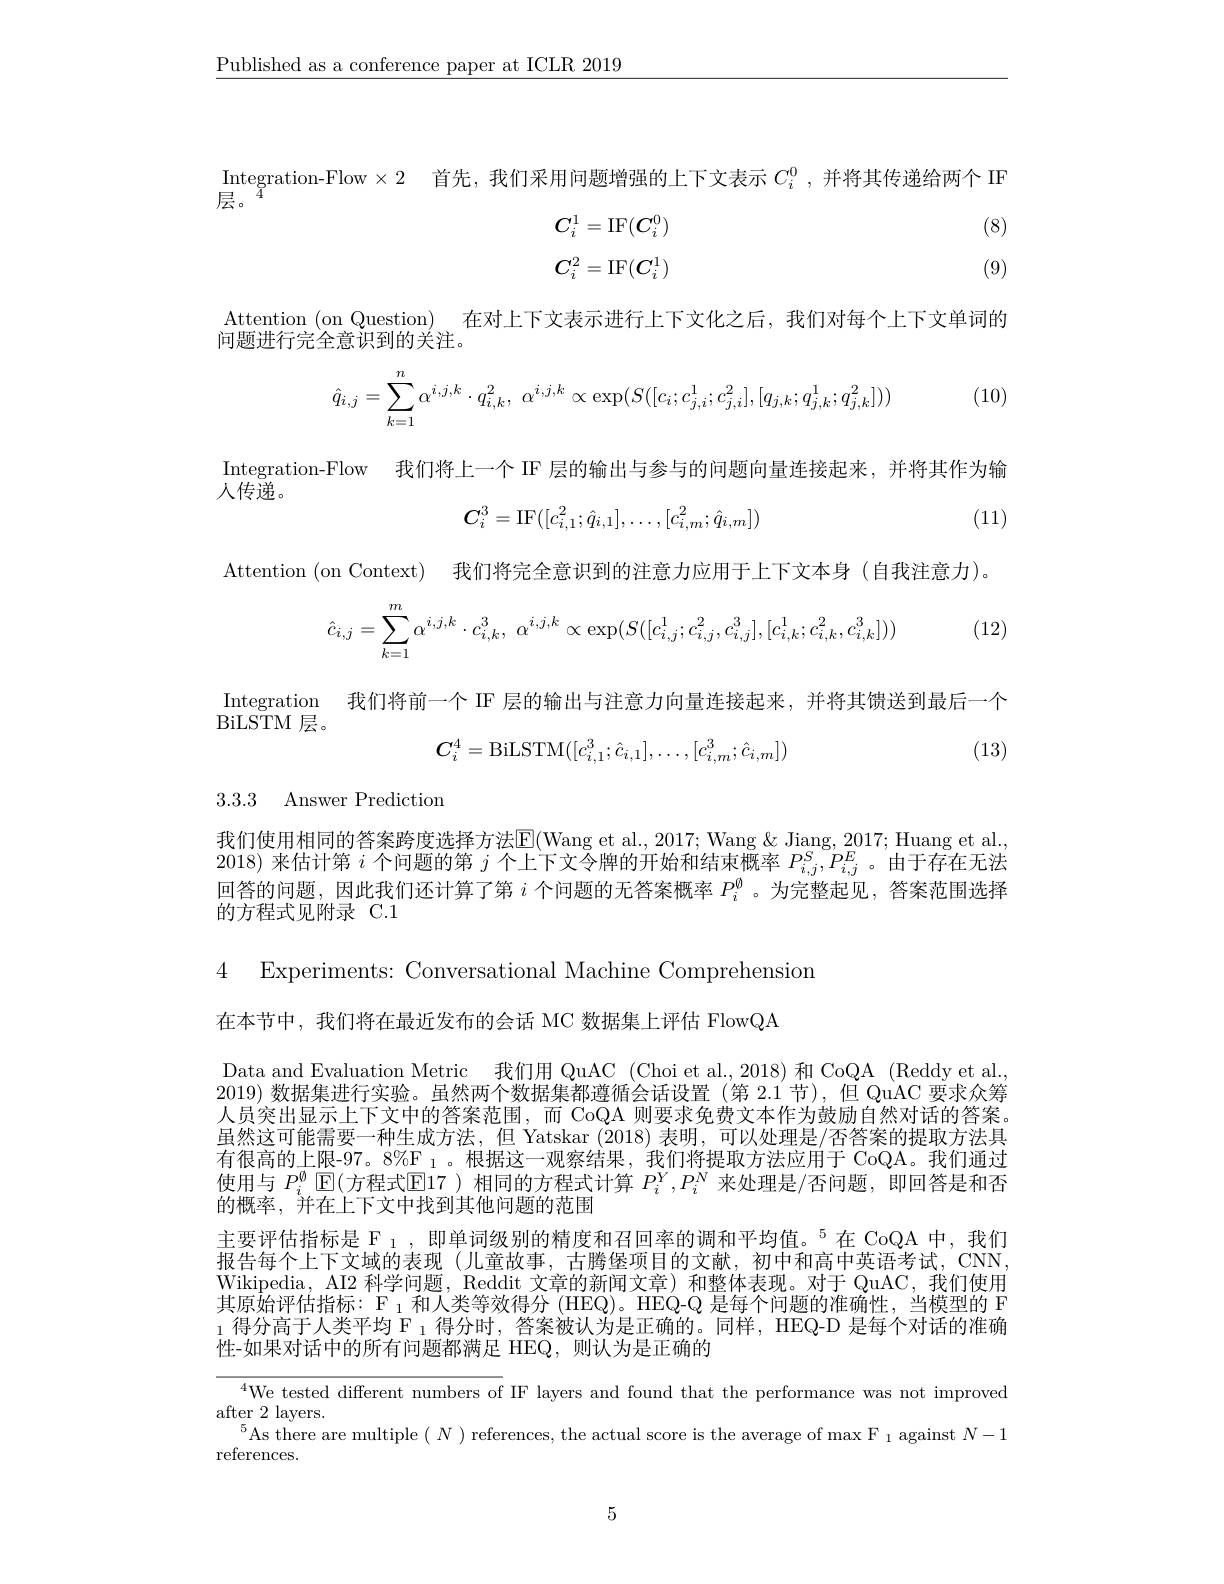
$\underline{\text{Published as a conference paper at ICLR 2019}}$

Integration-Flow$\times 2$ 首先，我们采用问题增强的上下文表示 $C_i^0$ ,并将其传递给两个 IF

层。

(8)
$$C_i^1=\mathrm{IF}(C_i^0)\\C_i^2=\mathrm{IF}(C_i^1)$$
(9)

Attention (on Question) 在对上下文表示进行上下文化之后，我们对每个上下文单词的
问题进行完全意识到的关注。
$$\hat{q}_{i,j}=\sum\limits_{k=1}^n\alpha^{i,j,k}\cdot q_{i,k}^2,\:\alpha^{i,j,k}\propto\exp(S([c_i;c_{j,i}^1;c_{j,i}^2],[q_{j,k};q_{j,k}^1;q_{j,k}^2]))$$
(10)

Integration-Flow 我们将上一个 IF 层的输出与参与的问题向量连接起来，并将其作为输
人传递。
$$C_i^3=\mathrm{IF}([c_{i,1}^2;\hat{q}_{i,1}],\ldots,[c_{i,m}^2;\hat{q}_{i,m}])$$
(11)

Attention (on Context) 我们将完全意识到的注意力应用于上下文本身 (自我注意力)。
$$\hat{c}_{i,j}=\sum\limits_{k=1}^m\alpha^{i,j,k}\cdot c_{i,k}^3,\:\alpha^{i,j,k}\propto\exp(S([c_{i,j}^1;c_{i,j}^2,c_{i,j}^3],[c_{i,k}^1;c_{i,k}^2,c_{i,k}^3]))$$
(12)

Integration 我们将前一个 IF 层的输出与注意力向量连接起来，并将其馈送到最后一个

$\bar{\mathrm{BiLSTM}}$层。
$$C_i^4=\mathrm{BiLSTM}([c_{i,1}^3;\hat{c}_{i,1}],\ldots,[c_{i,m}^3;\hat{c}_{i,m}])$$
(13)

3.3.3 Answer Prediction

我们使用相同的答案跨度选择方法$\boxed{\mathrm{E}}($Wang et al., 2017; Wang & Jiang, 2017; Huang et al., 2018)来估计第$i$个问题的第$j$个上下文令牌的开始和结束概率$P_i,j^S,P_{i,j}^E$。由于存在无法回答的问题，因此我们还计算了第$i$个问题的无答案概率$P_i^{\emptyset}$ 。为完整起见，答案范围选择的方程式见附录 C.1

4 Experiments: Conversational Machine Comprehension

在本节中，我们将在最近发布的会话 MC 数据集上评估 FlowQA

Data and Evaluation Metric 我们用 QuAC (Choi et al.,2018) 和 CoQA (Reddy et al. 2019)数据集进行实验。虽然两个数据集都遵循会话设置 (第 2.1 节),但 QuAC 要求众筹人员突出显示上下文中的答案范围，而 CoQA 则要求免费文本作为鼓励自然对话的答案虽然这可能需要一种生成方法，但 Yatskar (2018)表明，可以处理是/否答案的提取方法具有很高的上限-97。8%$\mathcal{F}_1$。根据这一观察结果，我们将提取方法应用于 CoQA。我们通过使用与 $P_i^\emptyset\operatorname{E}($方程式$\operatorname { E}$17 ) 相 同 的 方 程 式 计 算 $P_i^Y, P_i^N$ 来处理是/否问题，即回答是和否的概率，并在上下文中找到其他问题的范围
主要评估指标是 $\mathcal{F}_1$, 即单词级别的精度和召回率的调和平均值。$^5$在 CoQA 中，我们报告每个上下文域的表现(儿童故事，古腾堡项目的文献，初中和高中英语考试，CNN, Wikipedia, AI2 科学问题，Reddit 文章的新闻文章) 和整体表现。对于 QuAC, 我们使用其原始评估指标：F $_1$和人类等效得分 (HEQ)。HEQ-Q 是每个问题的准确性，当模型的 F $_{1}$得分高于人类平均 F $_1$得分时，答案被认为是正确的。同样，HEQ-D 是每个对话的准确性-如果对话中的所有问题都满足 HEQ,则认为是正确的

$^{4}$We tested different numbers of IF layers and found that the performance was not improved
after 2 layers.
$^{5}$As there are multiple $(N)$ references, the actual score is the average of max F $_1$ against $N-1$
references.

5